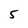
Character: 5